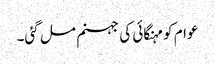
عوام کو مہنگائی کی جہنم مل گئی۔